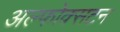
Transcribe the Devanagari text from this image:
अल्फोक्सटन